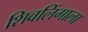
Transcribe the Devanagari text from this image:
शिवलिंगाला